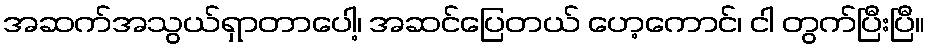
အဆက်အသွယ်ရှာတာပေါ့၊ အဆင်ပြေတယ် ဟေ့ကောင်၊ ငါ တွက်ပြီးပြီ။